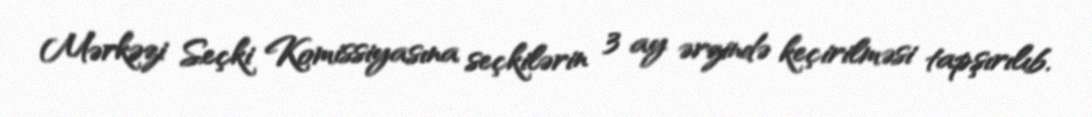
Mərkəzi Seçki Komissiyasına seçkilərin 3 ay ərzində keçirilməsi tapşırılıb.